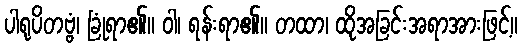
ပါရုပိတဗ္ဗံ၊ ခြုံရာ၏။ ဝါ၊ ရန်းရာ၏။ တထာ၊ ထိုအခြင်းအရာအားဖြင့်။